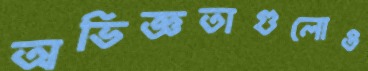
অভিজ্ঞতাগুলোও